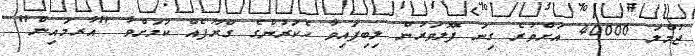
ޖުމްލަ 40000 އަށްވުރެ ގިނަ ފޮލޮވަރުން ލިބިފައިވާ ހެކަރުންގެ ގްރޫޕެއް ކަމަށްވާ "އާރމައިން"